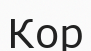
Кор